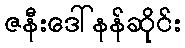
ဇနီးဒေါ်နန်ဆိုင်း